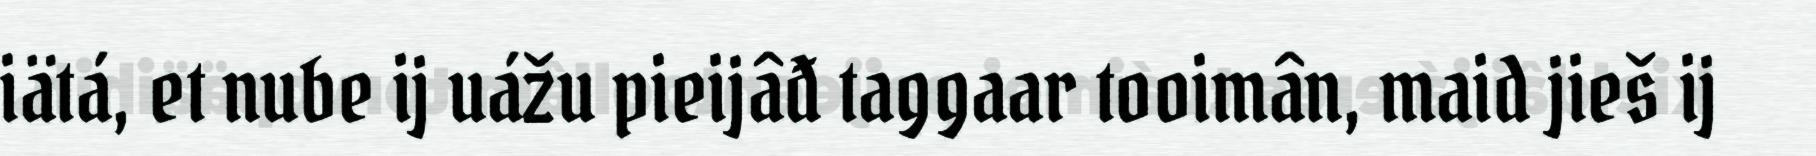
iätá, et nube ij uážu pieijâđ taggaar tooimân, maid jieš ij